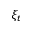
\xi _ { t }